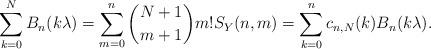
LaTeX: \begin{align*} \sum_{k=0}^N B_n(k\lambda)=\sum_{m=0}^n \binom{N+1}{m+1} m! S_Y(n,m)=\sum_{k=0}^n c_{n,N}(k) B_n(k\lambda).\end{align*}